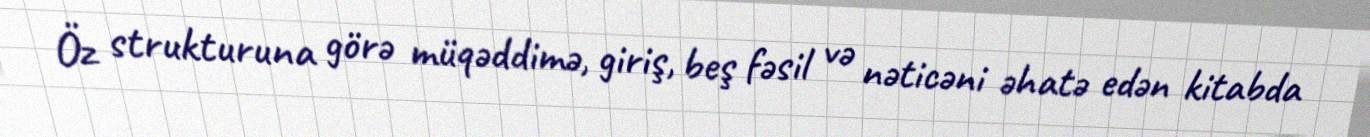
Öz strukturuna görə müqəddimə, giriş, beş fəsil və nəticəni əhatə edən kitabda